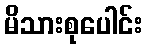
မိသားစုပေါင်း